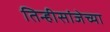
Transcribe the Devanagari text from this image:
तिन्हीसांजेच्या